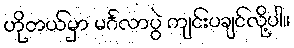
ဟိုတယ်မှာ မင်္ဂလာပွဲ ကျင်းပချင်လို့ပါ။